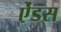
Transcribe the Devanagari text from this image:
ऐंडस